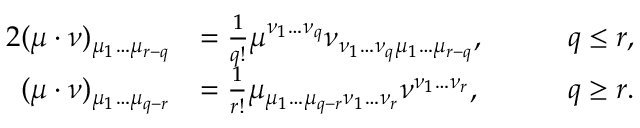
\begin{array} { r l r l } { { 2 } ( \mu \cdot \nu ) _ { \mu _ { 1 } \ldots \mu _ { r - q } } } & { = \frac { 1 } { q ! } \mu ^ { \nu _ { 1 } \ldots \nu _ { q } } \nu _ { \nu _ { 1 } \ldots \nu _ { q } \mu _ { 1 } \ldots \mu _ { r - q } } , } & & { \quad q \leq r , } \\ { ( \mu \cdot \nu ) _ { \mu _ { 1 } \ldots \mu _ { q - r } } } & { = \frac { 1 } { r ! } \mu _ { \mu _ { 1 } \ldots \mu _ { q - r } \nu _ { 1 } \ldots \nu _ { r } } \nu ^ { \nu _ { 1 } \ldots \nu _ { r } } , } & & { \quad q \geq r . } \end{array}